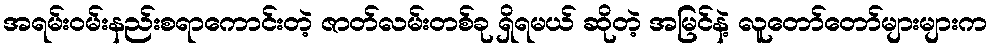
အရမ်းဝမ်းနည်းစရာကောင်းတဲ့ ဇာတ်လမ်းတစ်ခု ရှိရမယ် ဆိုတဲ့ အမြင်နဲ့ လူတော်တော်များများက